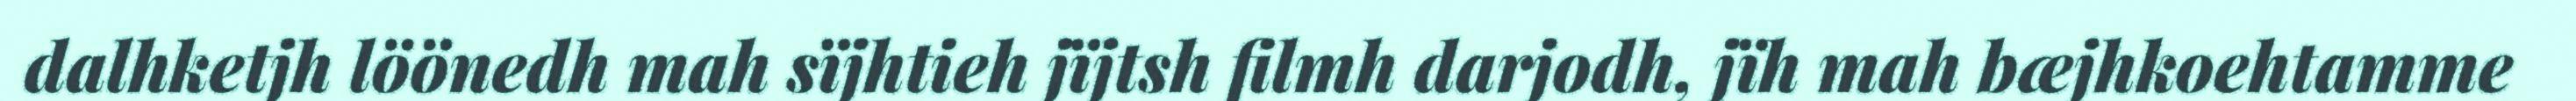
dalhketjh löönedh mah sïjhtieh jïjtsh filmh darjodh, jïh mah bæjhkoehtamme